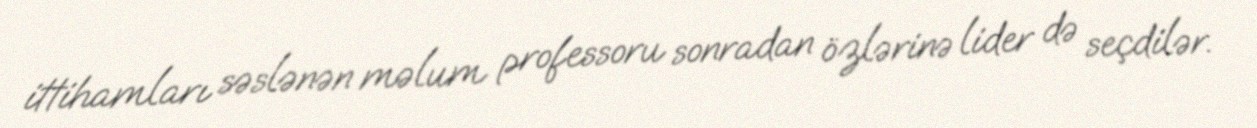
ittihamları səslənən məlum professoru sonradan özlərinə lider də seçdilər.